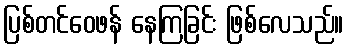
ပြစ်တင်ဝေဖန် နေကြခြင်း ဖြစ်လေသည်။